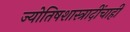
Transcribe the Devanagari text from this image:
ज्योतिषशास्त्रादींचाही